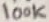
Text: 100K